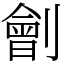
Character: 劊